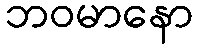
ဘဝမာနော